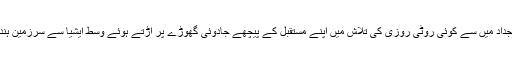
مجھے اپنے خون میں کسی عہد گزشتہ کے گھوڑے کی ٹاپ کی آہٹ آنے لگی ہے جب میرے اجداد میں سے کوئی روٹی روزی کی تلاش میں اپنے مستقبل کے پیچھے جادوئی گھوڑے پر اڑتے ہوئے وسط ایشیا سے سرزمین ہند میں وارد ہوا تھا اوراپنے گردو پیش حسن و خوراک کی افراط دیکھ کر خوشی سے چلا اٹھا تھا۔